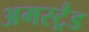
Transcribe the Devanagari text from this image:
अमस्ट्रैड